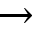
\rightarrow